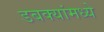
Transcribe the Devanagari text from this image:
डबक्यांमध्ये